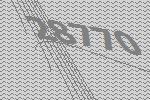
28770